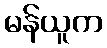
မန်ယူက